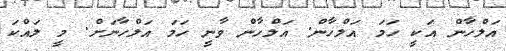
އަލްހާން އަކީ ހަމަ އަލްހާން. އަލްހާން ވާނީ ހަމަ އަލްހާނަށް. މީ ލައްކަ